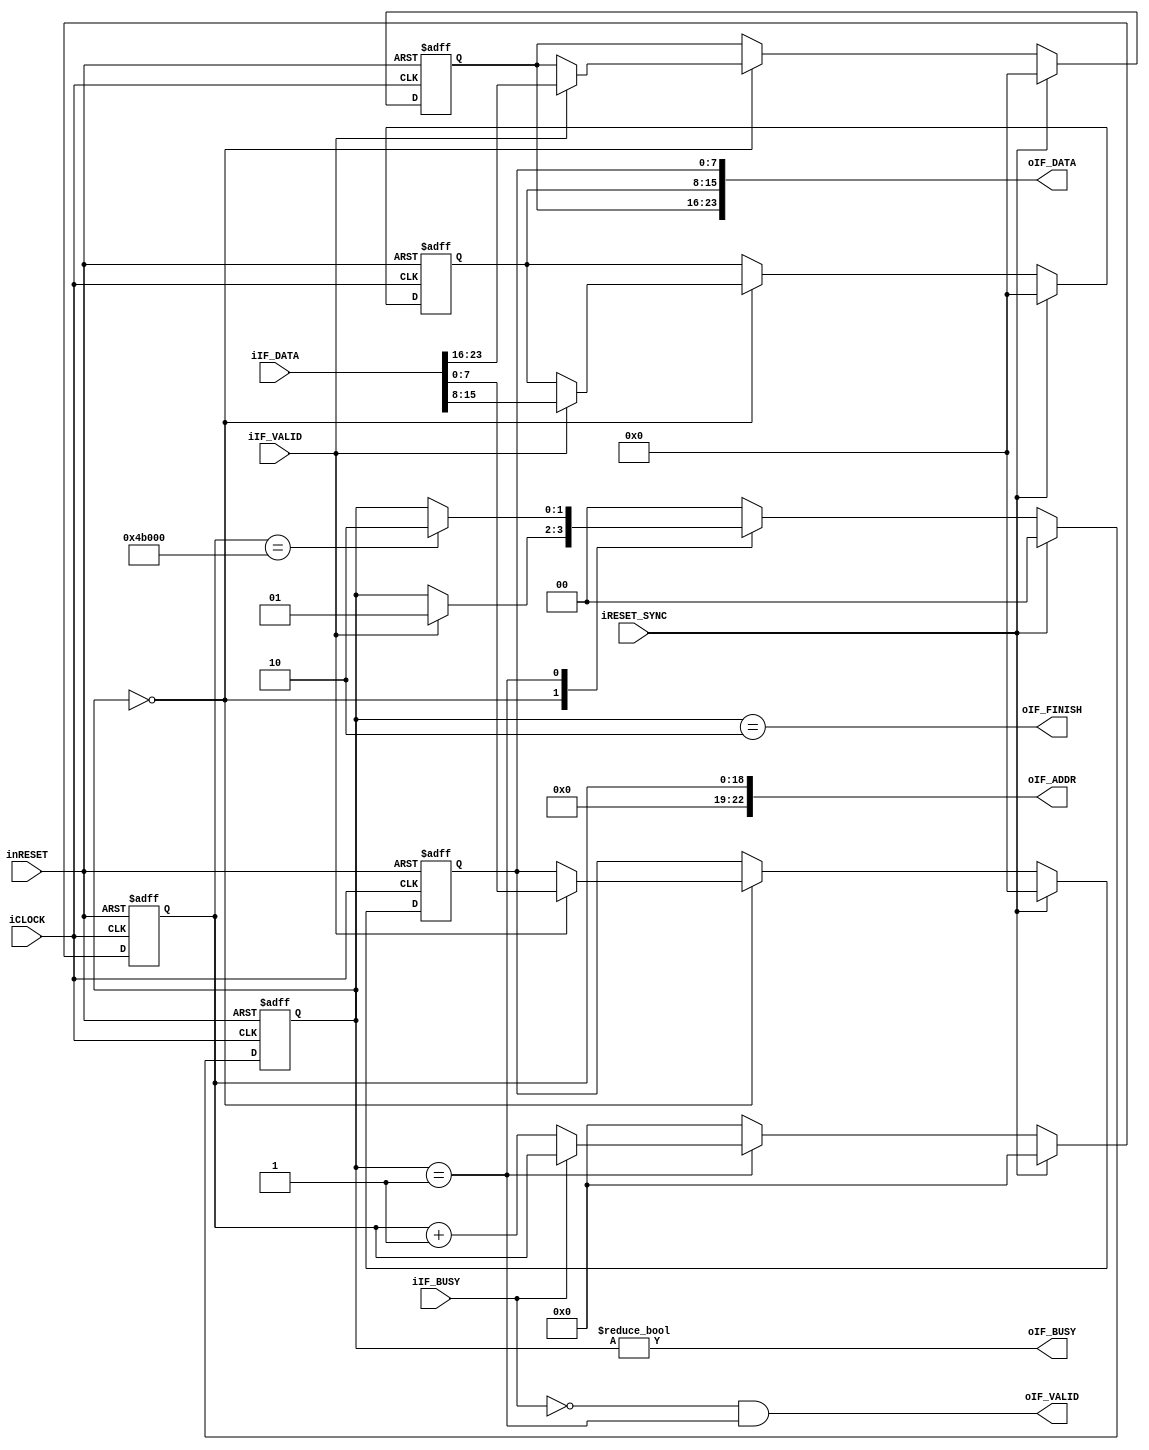
module gci_std_display_sequencer #(
		//Area
		parameter P_AREA_H = 640,
		parameter P_AREA_V = 480,
		parameter P_AREAA_HV_N = 19,
		parameter P_MEM_ADDR_N = 23
	)(
		input wire iCLOCK,
		input wire inRESET,
		input wire iRESET_SYNC,
		//Req
		input wire iIF_VALID,
		output wire oIF_BUSY,
		input wire [31:0] iIF_DATA,
		//Out
		output wire oIF_FINISH,
		output wire oIF_VALID,
		input wire iIF_BUSY,
		output wire [P_MEM_ADDR_N-1:0] oIF_ADDR,
		output wire [23:0] oIF_DATA
	);
	
	/********************************************
	Display Clear 
	********************************************/
	localparam P_L_CLEAR_STT_IDLE = 2'h0;
	localparam P_L_CLEAR_STT_CLEAR = 2'h1;
	localparam P_L_CLEAR_STT_END = 2'h2;
	
	reg [1:0] b_clear_state;
	reg [7:0] b_clear_color_r;
	reg [7:0] b_clear_color_g;
	reg [7:0] b_clear_color_b;
	reg [P_AREAA_HV_N-1:0] b_clear_counter;
	
	always@(posedge iCLOCK or negedge inRESET)begin
		if(!inRESET)begin
			b_clear_state <= P_L_CLEAR_STT_IDLE;
			b_clear_color_r <= 8'h0;
			b_clear_color_g <= 8'h0;
			b_clear_color_b <= 8'h0;
		end
		else if(iRESET_SYNC)begin
			b_clear_state <= P_L_CLEAR_STT_IDLE;
			b_clear_color_r <= 8'h0;
			b_clear_color_g <= 8'h0;
			b_clear_color_b <= 8'h0;
		end
		else begin
			case(b_clear_state)
				P_L_CLEAR_STT_IDLE:
					begin
						if(iIF_VALID)begin
							b_clear_state <= P_L_CLEAR_STT_CLEAR;
							{b_clear_color_r, 
							b_clear_color_g,
							b_clear_color_b} <= iIF_DATA[23:0];
						end
					end
				P_L_CLEAR_STT_CLEAR:
					begin
						if(b_clear_counter == (P_AREA_H*P_AREA_V))begin
							b_clear_state <= P_L_CLEAR_STT_END;
						end
					end
				P_L_CLEAR_STT_END:
					begin
						b_clear_state <= P_L_CLEAR_STT_IDLE;
					end
				default:
					begin
						b_clear_state <= P_L_CLEAR_STT_IDLE;
					end
			endcase
		end
	end
	
	always@(posedge iCLOCK or negedge inRESET)begin
		if(!inRESET)begin
			b_clear_counter <= {P_AREAA_HV_N{1'b0}};
		end
		else if(iRESET_SYNC)begin
			b_clear_counter <= {P_AREAA_HV_N{1'b0}};
		end
		else begin
			if(b_clear_state == P_L_CLEAR_STT_CLEAR)begin
				if(!iIF_BUSY)begin
					b_clear_counter <= b_clear_counter + {{P_AREAA_HV_N-1{1'b0}}, 1'b1};
				end
			end
			else begin
				b_clear_counter <= {P_AREAA_HV_N{1'b0}};
			end
		end
	end
	
	assign oIF_BUSY = b_clear_state != P_L_CLEAR_STT_IDLE;
	
	assign oIF_FINISH = b_clear_state == P_L_CLEAR_STT_END;
	assign oIF_VALID = !iIF_BUSY && (b_clear_state == P_L_CLEAR_STT_CLEAR);
	assign oIF_ADDR = b_clear_counter;
	assign oIF_DATA = {b_clear_color_r, b_clear_color_g, b_clear_color_b};

endmodule